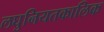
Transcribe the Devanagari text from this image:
लघुनियतकालिक